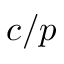
c / p